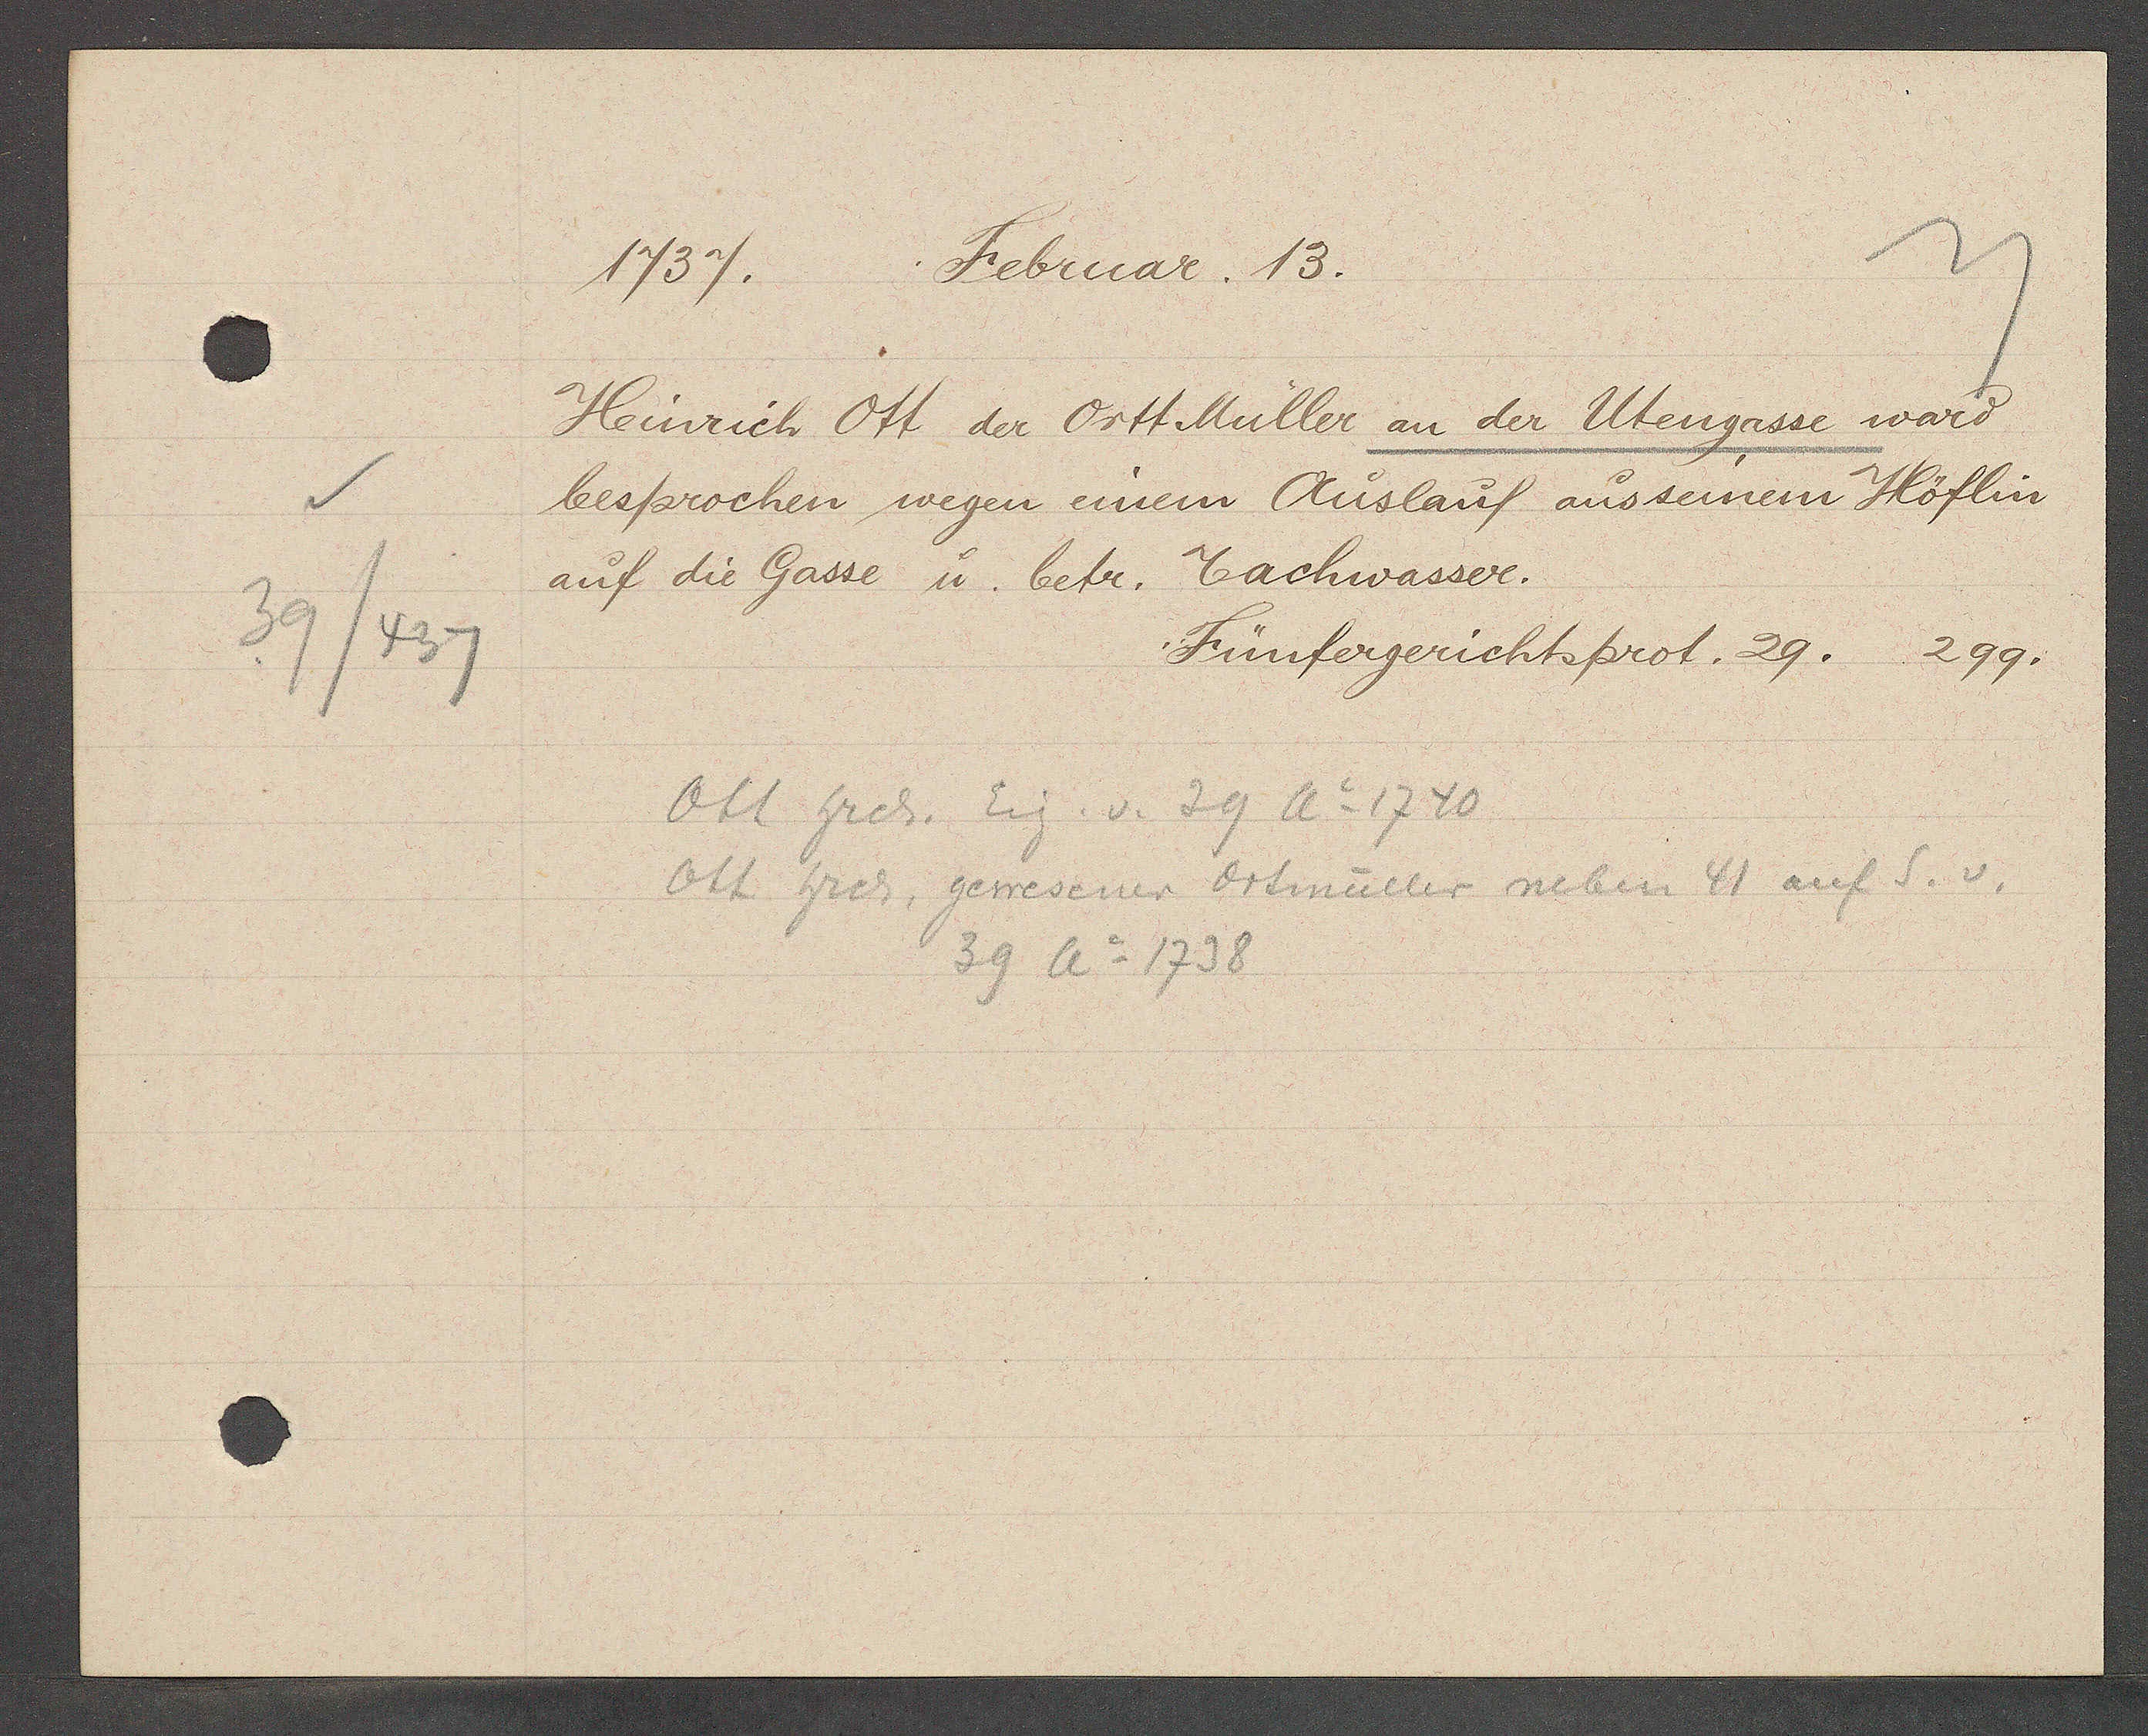
Transcript:
39/437

Februar. 13.
1737.

Heinrich Ott der Ortt Müller an der Utengasse ward
besprochen wegen einem Auslauf aus seinem Höflin
auf die Gasse u. betr. Tachwasser.
Fünfergerichtsprot. 29. 299.

Ott hrch. Eig. v. 39 Ao 1740
Ott hrch gewesener Ortmüller neben 41 auf S. v,
39 Ao 1738